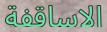
الاساقفة